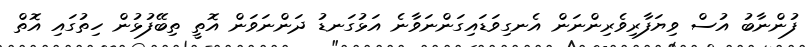
ފުންނާބު އުސް ވިޔަފާރިވެރިންނަން އެނގިވަޑައިގަންނަވާނެ އަޅުގަނޑު ދަންނަވަން އޮތީ ތިބޭފުޅުން ހިތުގައި އޮތް